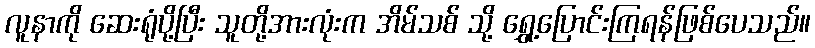
လူနာကို ဆေးရုံပို့ပြီး သူတို့အားလုံးက အိမ်သစ် သို့ ရွှေ့ပြောင်းကြရန်ဖြစ်ပေသည်။